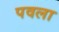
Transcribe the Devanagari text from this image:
पवला